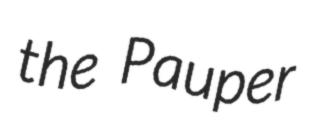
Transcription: the Pauper